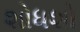
શોધશો